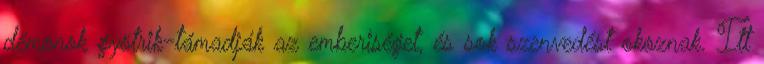
démonok gyötrik-támadják az emberiséget, és sok szenvedést okoznak. Itt